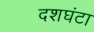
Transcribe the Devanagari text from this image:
दशघंटा